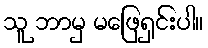
သူ ဘာမှ မဖြေရှင်းပါ။